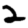
Digit: 2